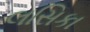
લસિકા